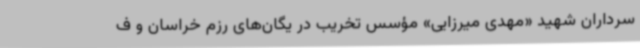
سرداران شهید «مهدی میرزایی» مؤسس تخریب در یگان‌های رزم خراسان و ف